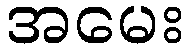
အမေး